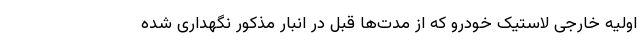
اولیه خارجی لاستیک خودرو که از مدت‌ها قبل در انبار مذکور نگهداری شده